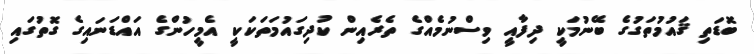
ބޮޑަތި ޤައުމުތަގުގެ ބޭނުމަކީ ދިފާއީ ވިސްނުމެއްގެ ތެރެއިން ކުދިގައުމަތަކަކީ އެމީހުންގެ އައްޑަނައިގެ ގޮތުގައި